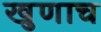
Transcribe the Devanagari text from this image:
खुणाच